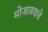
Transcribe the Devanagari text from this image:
मोजावयाचे